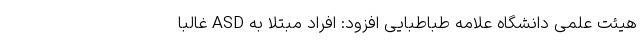
هیئت علمی دانشگاه علامه طباطبایی افزود: افراد مبتلا به ASD غالباً